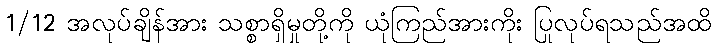
1/12 အလုပ်ချိန်အား သစ္စာရှိမှုတို့ကို ယုံကြည်အားကိုး ပြုလုပ်ရသည်အထိ